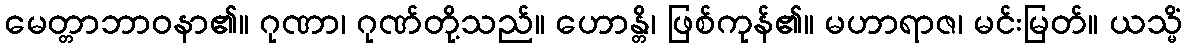
မေတ္တာဘာဝနာ၏။ ဂုဏာ၊ ဂုဏ်တို့သည်။ ဟောန္တိ၊ ဖြစ်ကုန်၏။ မဟာရာဇ၊ မင်းမြတ်။ ယသ္မိံ